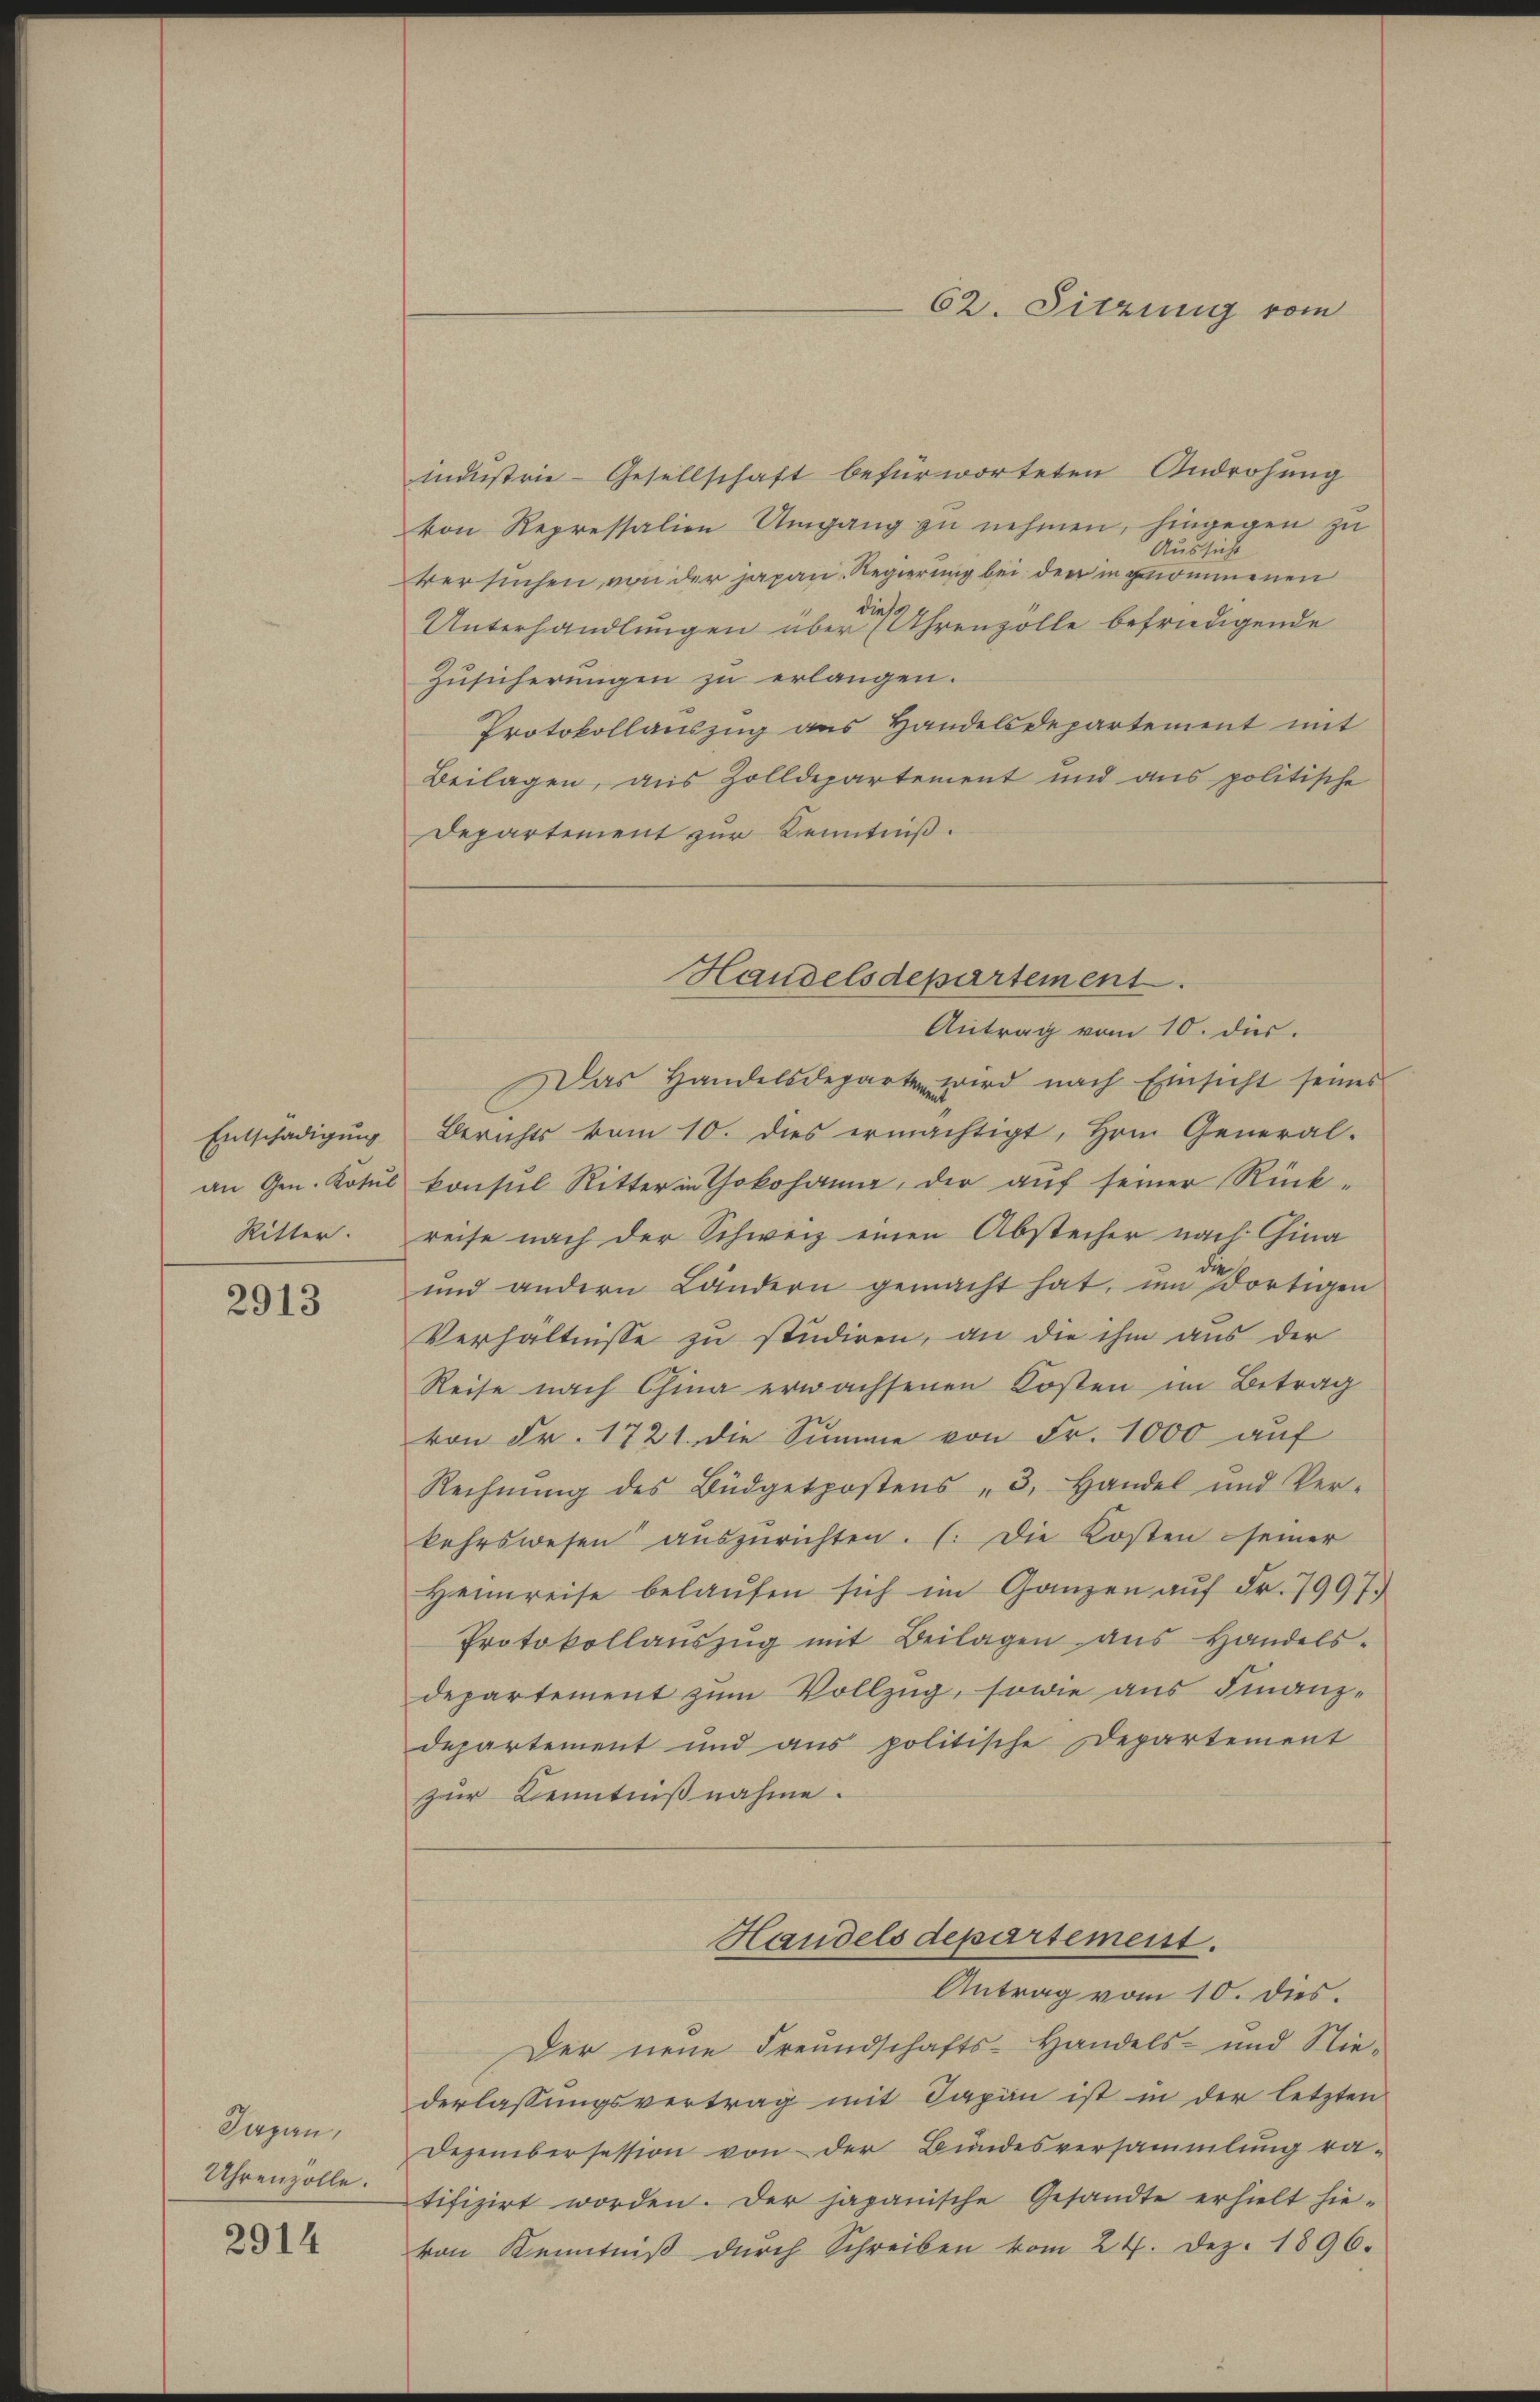
Entschädigung
Ritter.

2913

Japan,
Uhrenzolle.

2914

indŭstrie-Gesellschaft befürworteten Androhŭng
von Repressalien Umgang zŭ nehmen, hingegen zŭ
Aussicht
versuchen von der Japan. Regierung bei der in genommenen
dies
Unterhandlungen über (Uhrenzolle befriedigende
Zusicherungen zu erlangen.
Protokollauszug aus Handelsdepartement mit
Beilagen, aus Zolldepartement und aus politische
Departement zur Kenntniß.
Antrag vom 10. ds.
Das Handelsdeparten wird nach Einsicht seines
Berichts vom 10. dies ermächtigt, Hrn. General-
an Gen. Kotul konsul Ritter in Yokohann, der aŭf seiner Rück-
reise nach der Schweiz einen Abstecher nach China
und andern Ländern gemacht hat, um dortigen
Verhältnisse zu studiren, an die ihm aus der
Reise nach China erwachsenen Kosten im Betrag
von Fr. 1721. die Summe von Fr. 1000 aŭf
Rechnŭng des Büdgetpostens - 3. Handel und Ver-
kehrswesen aŭszŭrichten. (Die Kosten seiner
Heimreise belaŭfen sich im Ganzen aŭf Fr. 7997.
Protokollaŭszŭg mit Beilagen aŭs Handels-
departement zum Vollzug, sowie aus Finanzdepartement und ans politische Departement
zur Kenntnißnahme.
Handels departement.
Antrag vom 10. dies
Der neue Freundschafts-Handels- und Nie-
derlassungsvertrag mit Japan ist in der letzten
Dezembersession von der Bundesversammlung ra-
tifizirt worden. Der japanische Gesandte erhielt hie-
von Kenntniβ dŭrch Schreiben vom 24. Dez. 1896.

62. Sitzung vom

Handelsdepartement